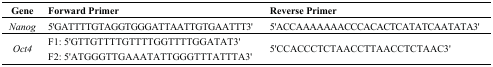
| Gene | Forward Primer | Reverse Primer |
 | --- | --- | --- |
 | Nanog | 5'GATTTTGTAGGTGGGATTAATTGTGAATTT3' | 5'ACCAAAAAAACCCACACTCATATCAATATA3' |
 | Oct4 | F1: 5'GTTGTTTTGTTTTGGTTTTGGATAT3' F2: 5'ATGGGTTGAAATATTGGGTTTATTTA3' | 5'CCACCCTCTAACCTTAACCTCTAAC3' |